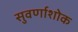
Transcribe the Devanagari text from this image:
सुवर्णाशोक